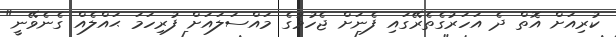
ކުރިއަށް އޮތް ދެ އަހަރުގެތެރޭގައި ފެނަށް ޖެހުމުގެ މައްސަލައަށް ފުރިހަމަ ޙައްލެއް ގެނެވޭނީ"